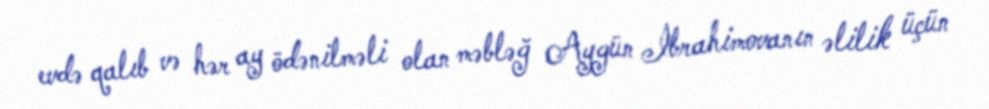
evdə qalıb və hər ay ödənilməli olan məbləğ Aygün İbrahimovanın əlilik üçün